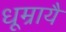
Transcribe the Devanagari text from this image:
धूम्रायै